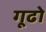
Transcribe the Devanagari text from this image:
गूढो